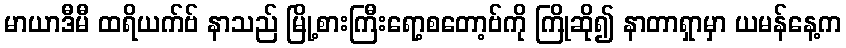
မာယာဒီမီ ထရိယက်ဗ် နာသည် မြို့စားကြီးရော့စတော့ဗ်ကို ကြိုဆို၍ နာတာရှာမှာ ယမန်နေ့က